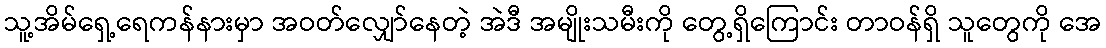
သူ့အိမ်ရှေ့ရေကန်နားမှာ အဝတ်လျှော်နေတဲ့ အဲဒီ အမျိုးသမီးကို တွေ့ရှိကြောင်း တာဝန်ရှိ သူတွေကို အေ